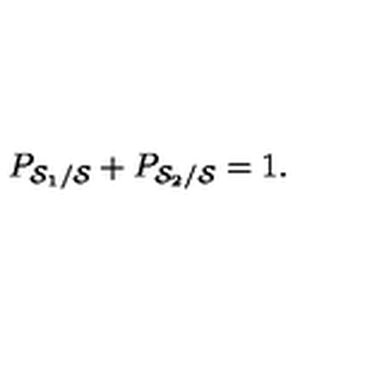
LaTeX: P _ { { \cal S } _ { 1 } / { \cal S } } + P _ { { \cal S } _ { 2 } / { \cal S } } = 1 .